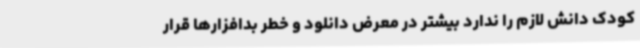
کودک دانش لازم را ندارد بیشتر در معرض دانلود و خطر بدافزارها قرار